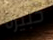
كبيره